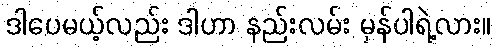
ဒါပေမယ့်လည်း ဒါဟာ နည်းလမ်း မှန်ပါရဲ့လား။